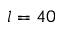
l = 4 0